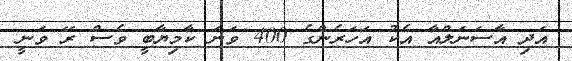
އަދި އާސަނަލްއާ އެކު އަހަރެންގެ 400 ވަނަ ކާމިޔާބީ ވެސް ރޭ ވަނީ